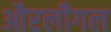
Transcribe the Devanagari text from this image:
औरलीगल